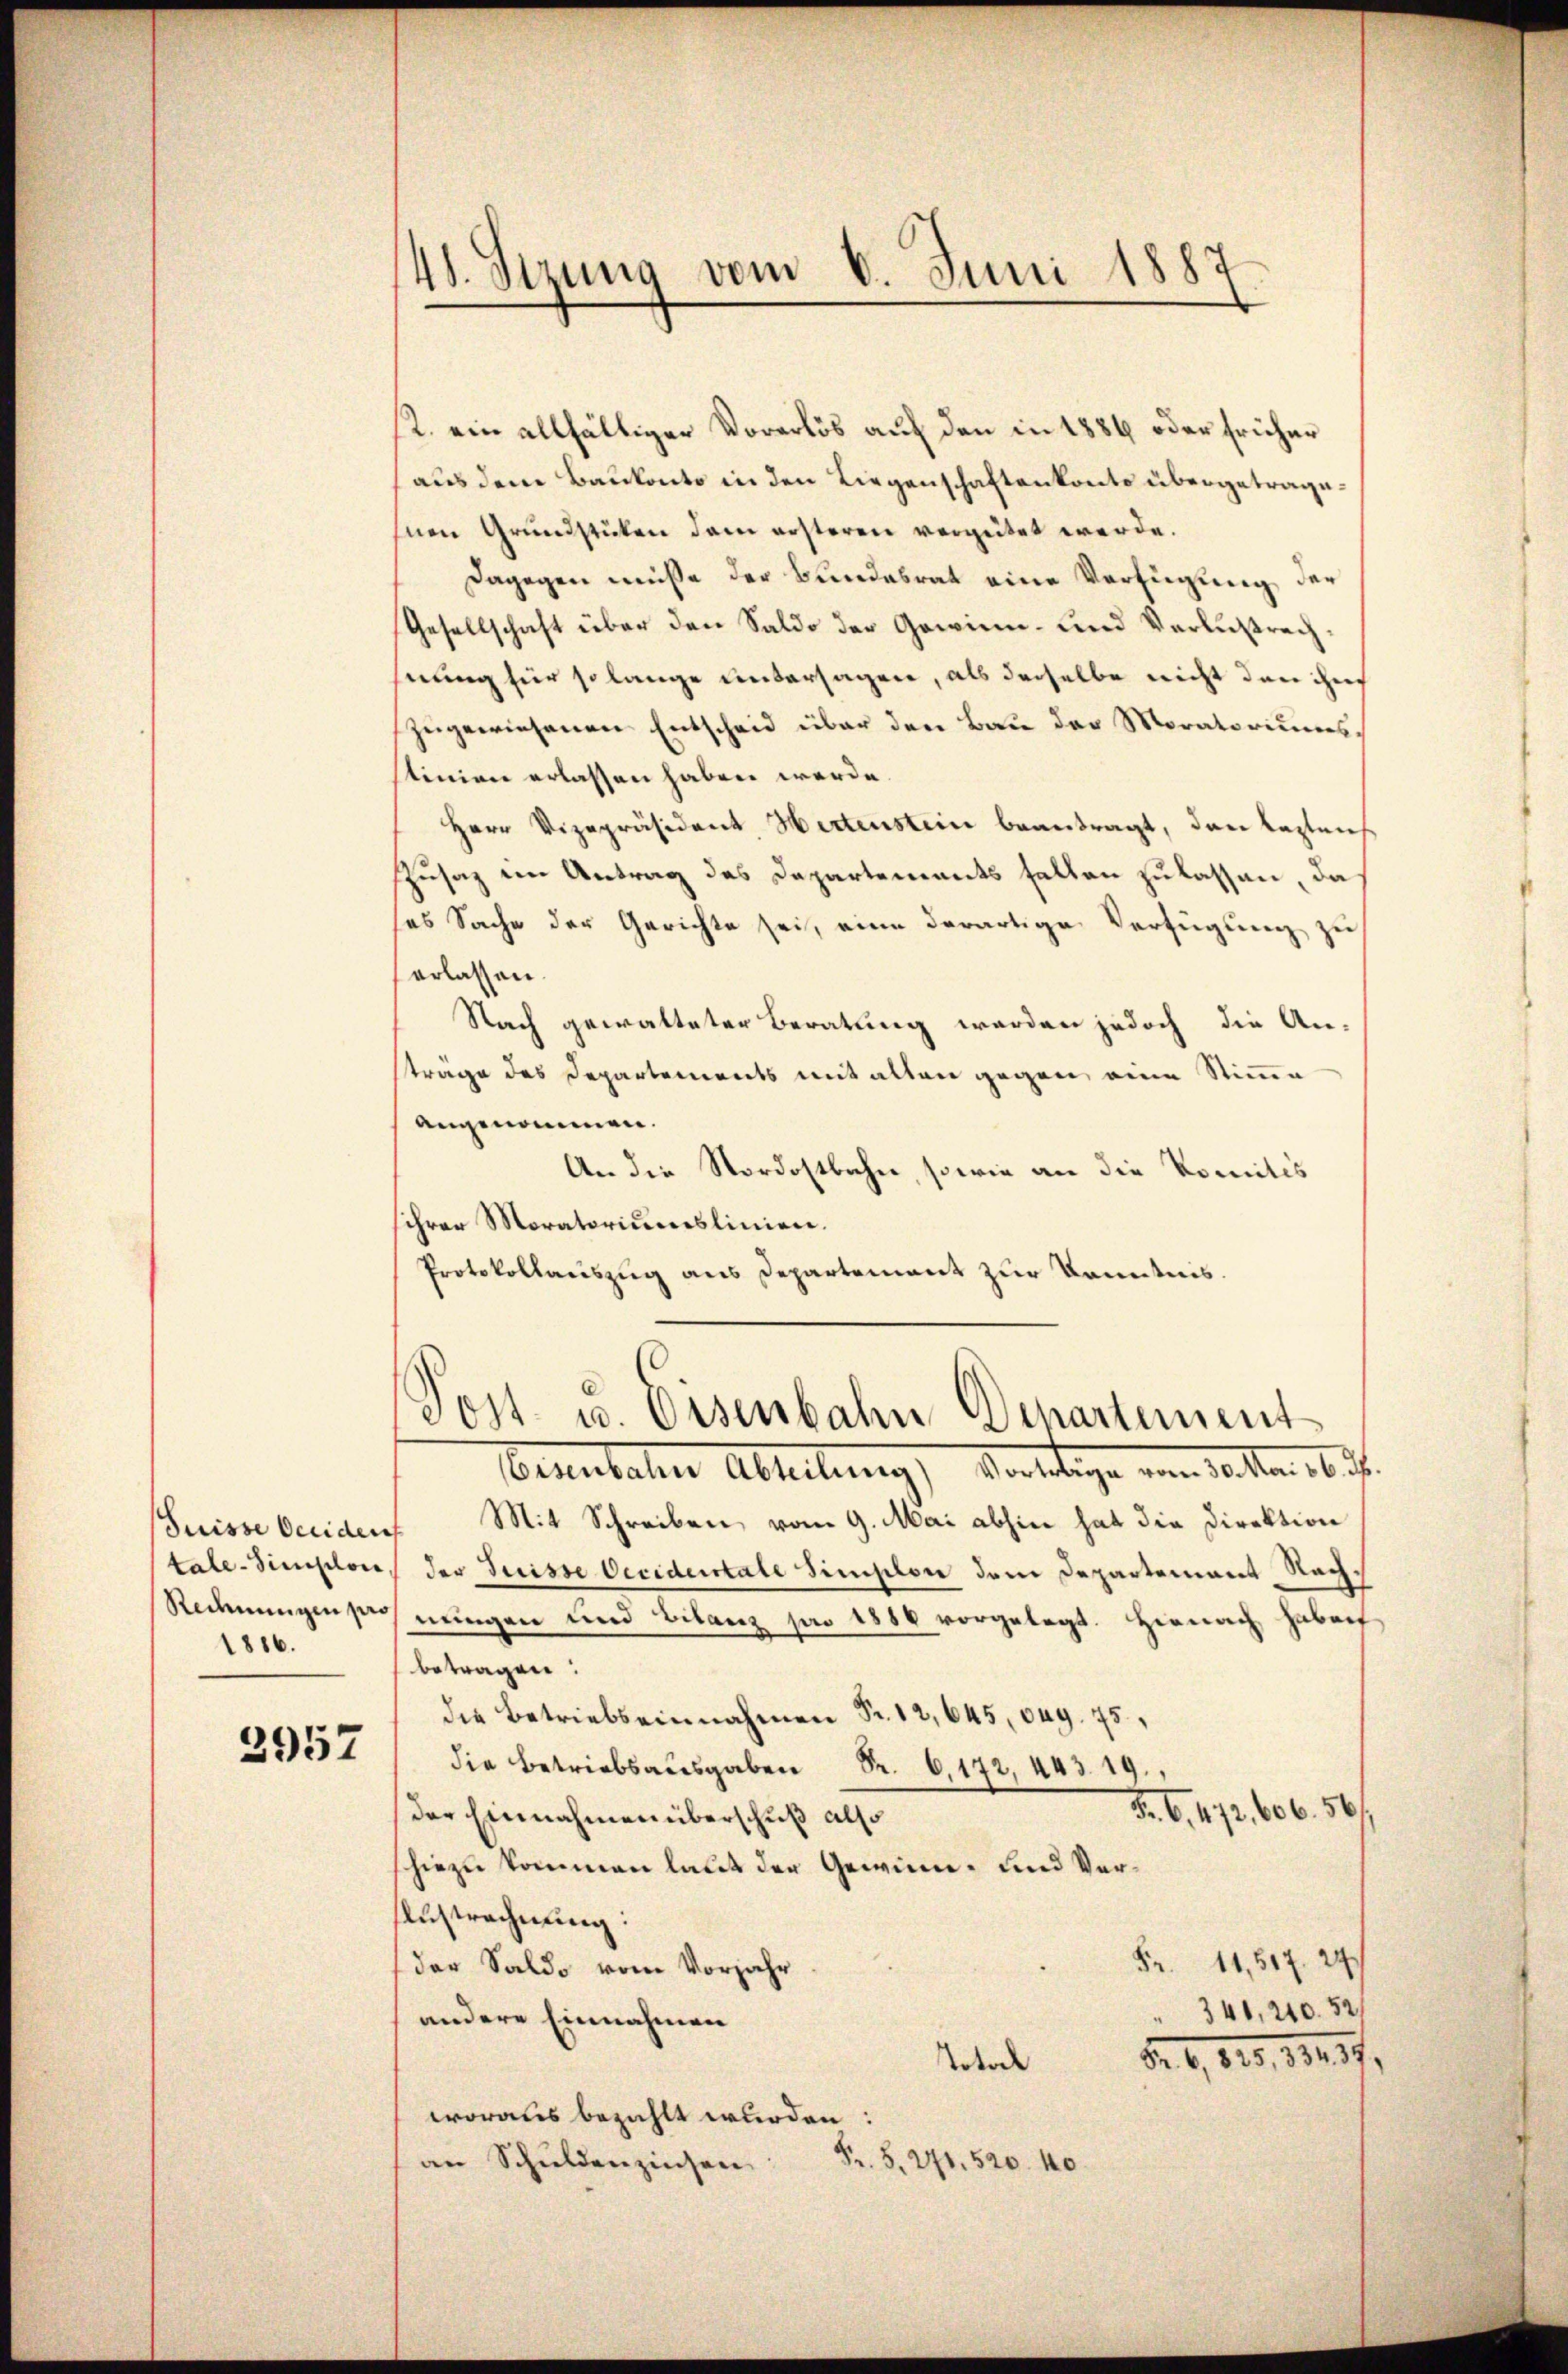
tale-Simplon
Redeningen pro
1886.

2957

12. ein allfältiger Vorerlös auf den in 1886 oder früher
(aus dem Baukonto in den Liegenschaftenkonto übergetragehnen Grundstücken dem ersteren vergütet werde.
Dagegen müsse der Bundesrat eine Verfügung der
Gesellschaft über den Saldo der Gewinn- und Verlustrechnung für so lange untersagen, als derselbe nicht dann ihm
zugewiesenen Entscheid über den Bau der Moratoriums,
stinen erlassen haben werde.
Herr Vizepräsident, Hertenstein beantragt, das leztens
Zusaz im Antrag des Departements fallen zu lassen, da
ses Sache der Gerichte sei, eine derartige Verfügung zu
erlassen.
Nach gewalteter Beratung werden jedoch die An-
träge des Departements mit alten gegen, eine Stimme
angenommen.
An die Nordostbahn, sowie an die Komités
schrer Moratoriumslinien.
Protokollauszug aus Departement zur Kenntnis.

48. Sizung vom 6. Juni 1887

c
Post- u. Osenbahn Departement
Beventaler Abteilung, Vertrage von 10ten 28.

Suisse Occiden Mit Schreiben vom 9. Mai abhin hat die Direktion
der Suisse Oeciderstate simplon dem Departement Nachnungen und Bilanz pro 1880 vorgelegt. Hienach haben
betragen:
die Betriebseinnahmen Fr. 12,645, 049. 75,
.9
Fr. 6. 472, 606. 56/
der Einnahmen überschuß also
hiezu kommen laut der Gewinn- und Ver¬
Austrechnung:
Fr. 11,517. 27
der Saldo vom Vorjahr.
341, 240. 521
andere Einnahmen
5. 6, 820, 1847.
Totok
woraus bezahlt wurden
an Schuldenzinsen
F. S. 271. 520. 40.